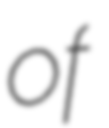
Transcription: of